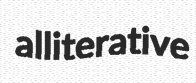
alliterative